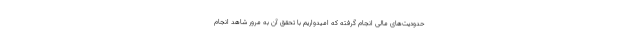
حدودیت‌های مالی انجام گرفته که امیدواریم با تحقق آن به مرور شاهد انجام